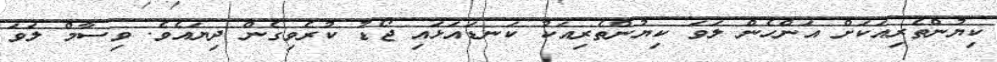
ކިޔުންތެރިއަކަށް އަންހެން ލަވަ ކިޔުންތެރިއަކު ކަނޑައަޅައި ޖޯޑު ކުރެވިގެން ދިޔައެވެ. ވިސާމް ލަވަ